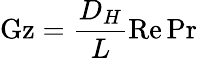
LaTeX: \mathrm{Gz}={\frac{D_{H}}{L}}\mathrm{Re}\, \mathrm{Pr}